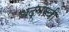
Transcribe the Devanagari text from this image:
धंद्यांची